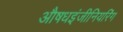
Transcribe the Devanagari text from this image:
औषधइंजीनियरिंग